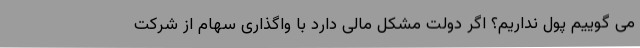
می گوییم پول نداریم؟ اگر دولت مشکل مالی دارد با واگذاری سهام از شرکت